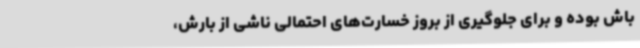
باش بوده و برای جلوگیری از بروز خسارت‌های احتمالی ناشی از بارش‌،